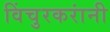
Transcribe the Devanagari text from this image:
विंचुरकरांनी